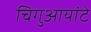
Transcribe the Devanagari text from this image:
चिगुआयांटे